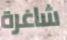
شاغرة